Vaccination United Provinces of Agra and Oudh 1902-1913 - 1902-1913
Year: 1902
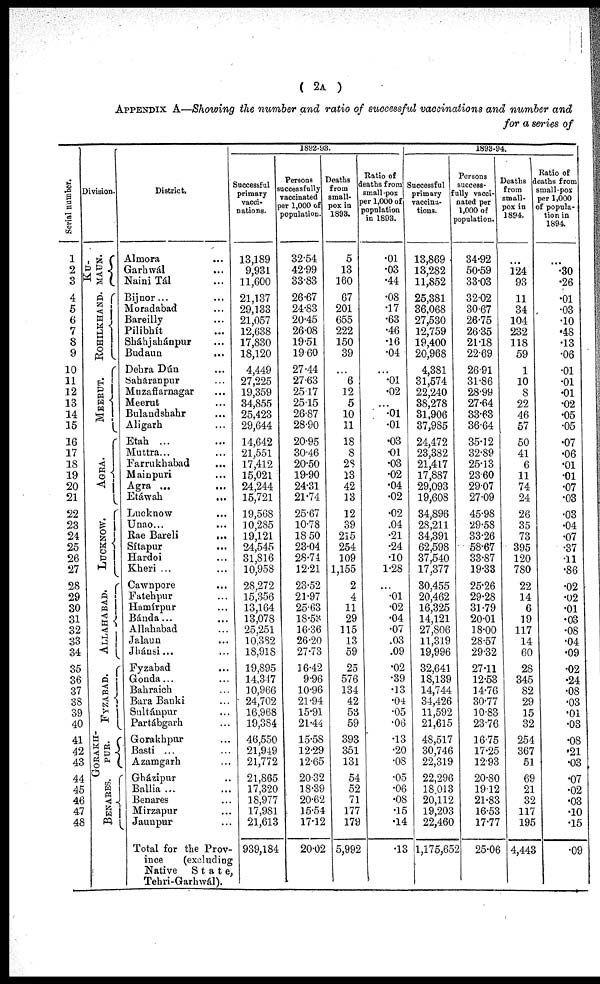
( 2A )
APPENDIX A—Showing the number and ratio of successful vaccinations and number and
for a series of
Serial number.
1
2
3
4
5
6
7
8
9
10
11
12
13
14
15
16
17
18
19
20
21
22
23
24.
25
26
27
28
29
30
31
32
33
34
35
36
37
38
39
40
41
42
43
44
45
46
47
48
Division.
KU¬
MAUN.
ROHILKHAND.
MEERUT.
AGRA.
LUCKNOW.
ALLAHABAD.
FYZABAD.
GORAKH¬
PUR.
BENARES.
District.
Almora ...
Garhwál ...
Naini Tál ...
Bijnor... ...
Moradabad ...
Bareilly ...
Pilibhít ...
Sháhjahánpur ...
Budaun ...
Dehra Dún ...
Saháranpur ...
Muzaffarnagar ...
Meerut ...
Bulandshahr ...
Aligarh ...
Etah ...
Muttra ...
Farrukhabad ...
Mainpuri ...
Agra ...
Etáwah
...
Lucknow ...
Unao...
Rae Bareli
...
Sítapur ...
Hardoi ...
Kheri ...
Cawnpore ...
Fatehpur ...
Hamírpur ...
Bánda ...
Allahabad ...
Jalaun ...
Jhánsi ...
Fyzabad ...
Gonda ...
Bahraich ...
Bara Banki ...
Sultánpur ...
Partábgarh ...
Gorakhpur ...
Basti ...
Azamgarh ...
Gházipur ...
Ballia ...
Benares ...
Mirzapur ...
Jaunpur ...
Total for the Prov-
ince
(excluding
Native
State,
Tehri-Garhwál).
1892-93.
Successful
primary
vacci-
nations.
13,189
9,931
11,600
21,137
29,133
21,057
12,638
17,830
18,120
4,449
27,225
19,359
34,855
25,423
29,644
14,642
21,551
17,412
15,021
24,244
15,721
19,568
10,285
19,121
24,545
31,816
10,958
28,272
15,356
13,164
13,078
25,251
10,382
18,918
19,895
14,347
10,966
24,702
16,968
19,384
46,550
21,949
21,772
21,865
17,320
18,977
17,981
21,613
939,184
Persons
successfully
vaccinated
per 1,000 of
population.
32.54
42.99
33.83
26.67
24.83
20.45
26.08
19.51
19.60
27.44
27.63
25.17
25.15
26.87
28.90
20.95
30.46
20.50
19.90
24.31
21.74
25.67
10.78
18.50
23.04
28.74
12.21
23.52
21.97
25.63
18.53
16.36
26.20
27.73
16.42
9.96
10.96
21.94
15.91
21.44
15.58
12.29
12.65
20.32
18.39
20.62
15.54
17.12
20.02
Deaths
from
small-
pox in
1893.
5
13
160
67
201
655
222
150
39
...
6
12
5
10
11
18
8
28
13
42
13
12
39
215
254
109
1,155
2
4
11
29
115
13
59
25
576
134
42
53
59
393
351
131
54
52
71
177
179
5,992
Ratio of
deaths from
small-pox
per 1,000 of
population
in 1893.
.01
.03
.44
.08
.17
.63
.46
.16
.04
...
.01
.02
.01 ...
.01
.03
.01
.03
.02
.04
.02
.02
.04
.21
.24
.10
1.28
...
.01
.02
.04
.07
.03
.09
.02
.39
.13
.04
.05
.06
.13
.20
.08
.05
.06
.08
.15
.14
.13
1893-94.
Successful
primary
vaccina-
tions.
13,869
13,282
11,852
25,381
36,068
27,530
12,759
19,400
20,968
4,381
31,574
22,240
38,278
31,906
37,985
24,472
23,382
21,417
17,887
29,093
19,608
34,896
28,211
34,391
62,598
37,540
17,377
30,455
20,462
16,325
14,121
27,806
11,319
19,996
32,641
18,139
14,744
34,426
11,592
21,615
48,517
30,746
22,319
22,296
18,013
20,112
19,203
22,460
1,175,652
Persons
success¬
fully vacci-
nated per
1,000 of
population.
34.92
50.59
33.03
32.02
30.67
26.75
26.35
21.18
22.69
26.91
31.86
28.99
27.64
33.63
36.64
35.12
32.89
25.13
23.60
29.07
27.09
45.98
29.58
33.26
58.67
33.87
19.33
25.26
29.28
31.79
20.01
18.00
28.57
29.32
27.11
12.53
14.76
30.77
10.83
23.76
16.75
17.25
12.93
20.80
19.12
21.83
16.53
17.77
25.06
Deaths
from
small-
pox in
1894.
...
124
93
11
34
104
232
118
59
1
10
8
22
46
57
50
41
6
11
74
24
26
35
73
395
120
780
22
14
6
19
117
14
60
28
345
82
29
15
32
254
367
51
69
21
32
117
195
4,443
Ratio of
deaths from
small-pox
per 1,000
of popula-
tion in
1894.
...
.30
.26
.01
.03
.10
.48
.13
.06
.01
.01
.01
.02
.05
.05
.07
.06
.01
.01
.07
.03
.03
.04
.07
.37
.11
.86
.02
.02
.01
.03
.08
.04
.09
.02
.24
.08
.03
.01
.03
.08
.21
.03
.07
.02
.03
.10
.15
.09